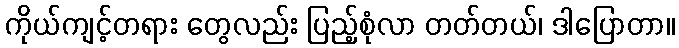
ကိုယ်ကျင့်တရား တွေလည်း ပြည့်စုံလာ တတ်တယ်၊ ဒါပြောတာ။